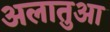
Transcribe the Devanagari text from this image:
अलातुआ